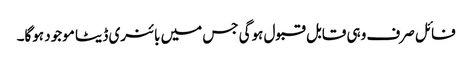
فائل صرف وہی قابل قبول ہوگی جس میں بائنری ڈیٹا موجود ہوگا۔